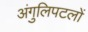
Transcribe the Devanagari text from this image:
अंगुलिपटलों